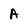
Character: A